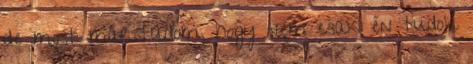
de most már tudom, hogy nem csak én tudok